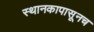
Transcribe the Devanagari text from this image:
स्थानकापासूनच